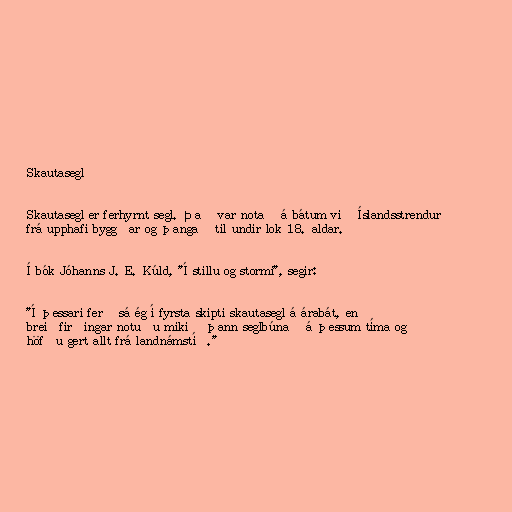
Skautasegl

Skautasegl er ferhyrnt segl. Það var notað á bátum við Íslandsstrendur
frá upphafi byggðar og þangað til undir lok 18. aldar.

Í bók Jóhanns J. E. Kúld, "Í stillu og stormi", segir:

"Í þessari ferð sá ég í fyrsta skipti skautasegl á árabát, en
breiðfirðingar notuðu mikið þann seglbúnað á þessum tíma og
höfðu gert allt frá landnámstíð."